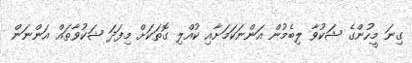
ގިނަ މީހުންގެ ޝަކުވާ ލިބެމުން އަންނަކަމަށާއި ކުއްލި ގޮތަކަށް މިފަދަ ޝަކުވާތައް އަންނަން